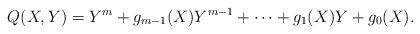
LaTeX: \begin{align*}Q(X,Y)=Y^{m}+g_{m-1}(X)Y^{m-1}+\cdots+g_{1}(X)Y+g_{0}(X).\end{align*}